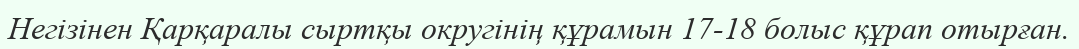
Негізінен Қарқаралы сыртқы округінің құрамын 17-18 болыс құрап отырған.